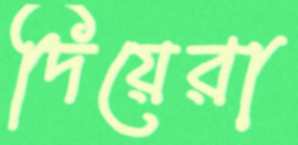
দিয়েরা